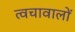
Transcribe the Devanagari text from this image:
त्वचावालों